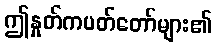
ဤနှုတ်ကပတ်တော်များ၏